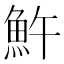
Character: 𩵱